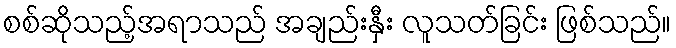
စစ်ဆိုသည့်အရာသည် အချည်းနှီး လူသတ်ခြင်း ဖြစ်သည်။